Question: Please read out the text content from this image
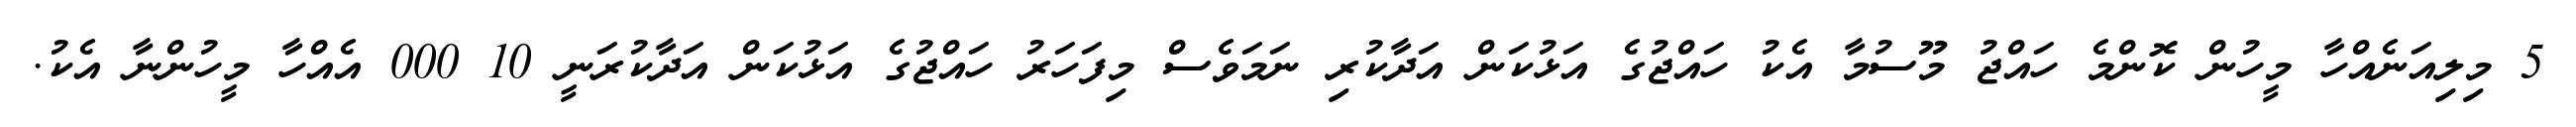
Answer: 5 މިލިއަނެއްހާ މީހުން ކޮންމެ ހައްޖު މޫސުމާ އެކު ހައްޖުގެ އަޅުކަން އަދާކުރި ނަމަވެސް މިފަހަރު ހައްޖުގެ އަޅުކަން އަދާކުރަނީ 10 000 އެއްހާ މީހުންނާ އެކު.